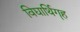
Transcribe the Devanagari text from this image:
विद्यार्थिगॄह